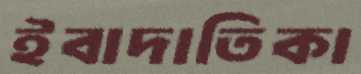
ইবাদাতিকা